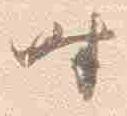
時